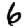
Digit: 6